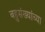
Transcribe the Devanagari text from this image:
बहुसंख्यांच्या